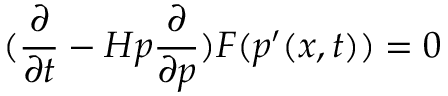
( \frac { \partial } { \partial t } - H { p } \frac { \partial } { \partial p } ) F ( { p ^ { \prime } } ( x , t ) ) = 0